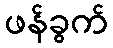
ဖန်ခွက်